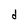
Character: d